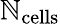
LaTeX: \mathbb{N}_{\mathrm{{cells}}}